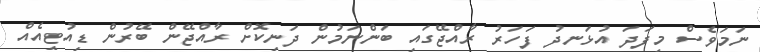
ނަމަވެސް މިފަދަ އުޅަނދު ފަހަރު ރާއްޖޭގައި ބަންނަމުން ދަނިކޮށް ރާއްޖޭން ބޭރުން ޑިއުޓީއެއް